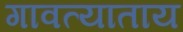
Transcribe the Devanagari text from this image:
गावत्याताय